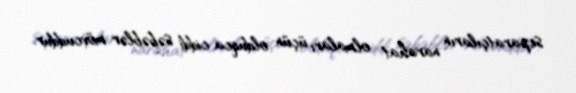
separatçıların narahat olmaları üçün olduqca ciddi səbəblər mövcuddur.